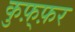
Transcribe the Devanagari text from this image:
कुफ़्फ़र